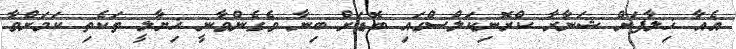
އެއާ ޚިލާފަށް ޝަނާރާ ކްރޮނިކަލްސްގައި ބޮޑަށް ބިނާ ވެެގެންވާނީ ޚިޔާލީ ތަކެތި ކަމަށްވާ